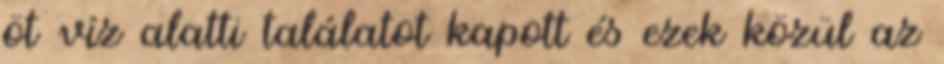
öt víz alatti találatot kapott és ezek közül az